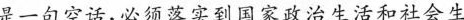
是一句口号、不是一句空话，必须落实到国家政治生活和社会生